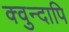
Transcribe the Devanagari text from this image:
क्वुन्दापि